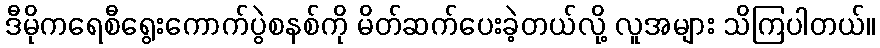
ဒီမိုကရေစီရွေးကောက်ပွဲစနစ်ကို မိတ်ဆက်ပေးခဲ့တယ်လို့ လူအများ သိကြပါတယ်။